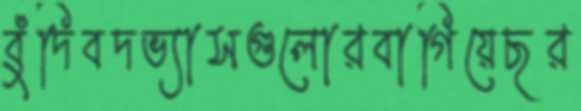
বুঁদিবদভ্যাসগুলোরবাগিয়েছর